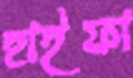
হাইফা